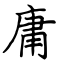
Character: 庸